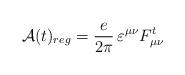
LaTeX: \begin{align*}{\mathcal A}(t)_{reg}= \frac{e}{2\pi}\,\varepsilon^{\mu\nu}F^t_{\mu\nu}\end{align*}